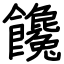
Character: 饞